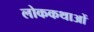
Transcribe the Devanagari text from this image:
लोककथाआें